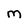
Character: M